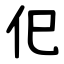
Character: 㐶